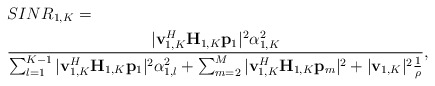
\begin{align*}&SINR_{1,K} =\\ & \frac{|\mathbf{v}_{1,K}^H\mathbf{H}_{1,K}\mathbf{p}_1 |^2 \alpha_{1,K}^2 }{ \sum^{K-1}_{l=1}|\mathbf{v}_{1,K}^H\mathbf{H}_{1,K}\mathbf{p}_1 |^2 \alpha_{1,l}^2 +\sum_{m=2}^{M}|\mathbf{v}_{1,K}^H\mathbf{H}_{1,K}\mathbf{p}_{m}|^2 +|\mathbf{v}_{1,K}|^2\frac{1}{\rho}},\end{align*}